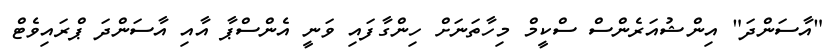
"އާސަންދަ" އިންޝުއަރެންސް ސްކީމް މިހާތަނަށް ހިންގާފައި ވަނީ އެންސްޕާ އާއި އާސަންދަ ޕްރައިވެޓް